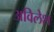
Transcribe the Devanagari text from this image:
अविलेश